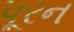
પૂરન